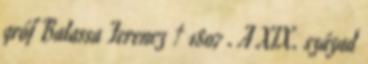
gróf Balassa Ferencz † 1807 . A XIX. század